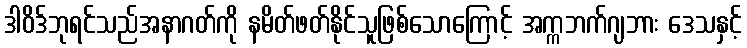
ဒါဝိဒ်ဘုရင်သည်အနာဂတ်ကို နမိတ်ဖတ်နိုင်သူဖြစ်သောကြောင့် အက္ကဘက်ဂျဘား ဒေသနှင့်